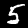
Label: 5